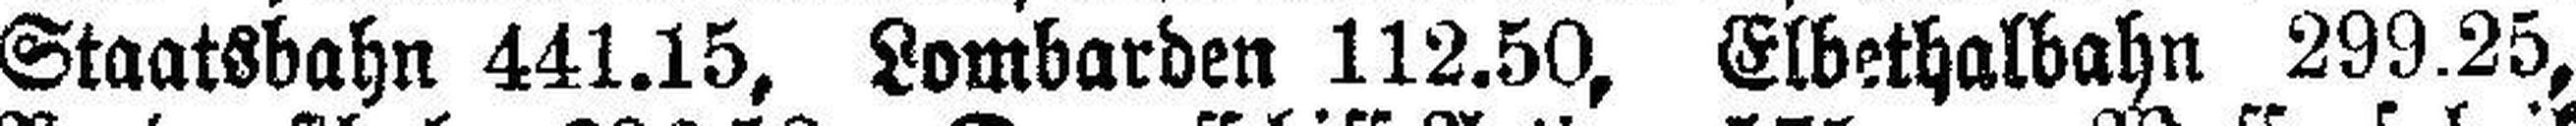
Staatsbahn 441.15, Lombarden 112.50, Elbethalbahn 299.25,